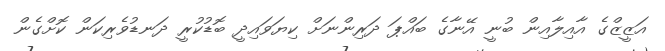
އަޒީޒްގެ އާއިލާއިން ބުނީ އޭނާގެ ބައްޕަ ދަރިންނަށް ކިޔަވައިދީ ބޮޑުކުރީ ދަނޑުވެރިކަން ކޮށްގެން